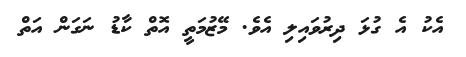
އެކު އެ ގުޅަ ދިރުވައިލި އެވެ. މޭޒުމަތީ އޮތް ކާޑު ނަގަން އަތް